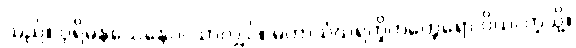
သည်။ ပုရိမနယေနေဝ၊ သာလျှင်။ မဟာသံဃရက္ခိတတ္ထေရော ဝိယ၊ ကဲ့သို့။